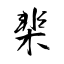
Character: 棐